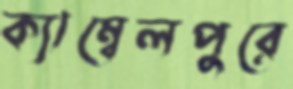
ক্যাম্বেলপুরে